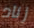
زناد